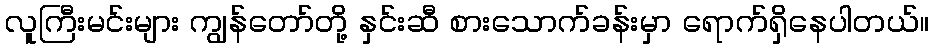
လူကြီးမင်းများ ကျွန်တော်တို့ နှင်းဆီ စားသောက်ခန်းမှာ ရောက်ရှိနေပါတယ်။